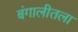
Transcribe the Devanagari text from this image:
बंगालीतला